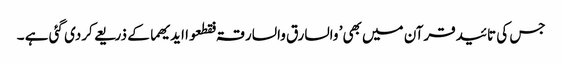
جس کی تائیدقرآن میں بھی’ والسارق والسارقۃ فقطعوا ایدیھما کے ذریعے کردی گئی ہے ۔